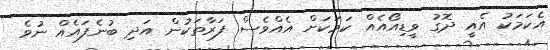
އެކަމަކު އެއީ ދޮގު ވީޑިއޯއެއް ކަމަކަށް އެއްވެސް ފަރާތަކުން އަދި ބުނެފައެއް ނުވެ